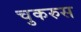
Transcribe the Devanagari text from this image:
चुकरुस